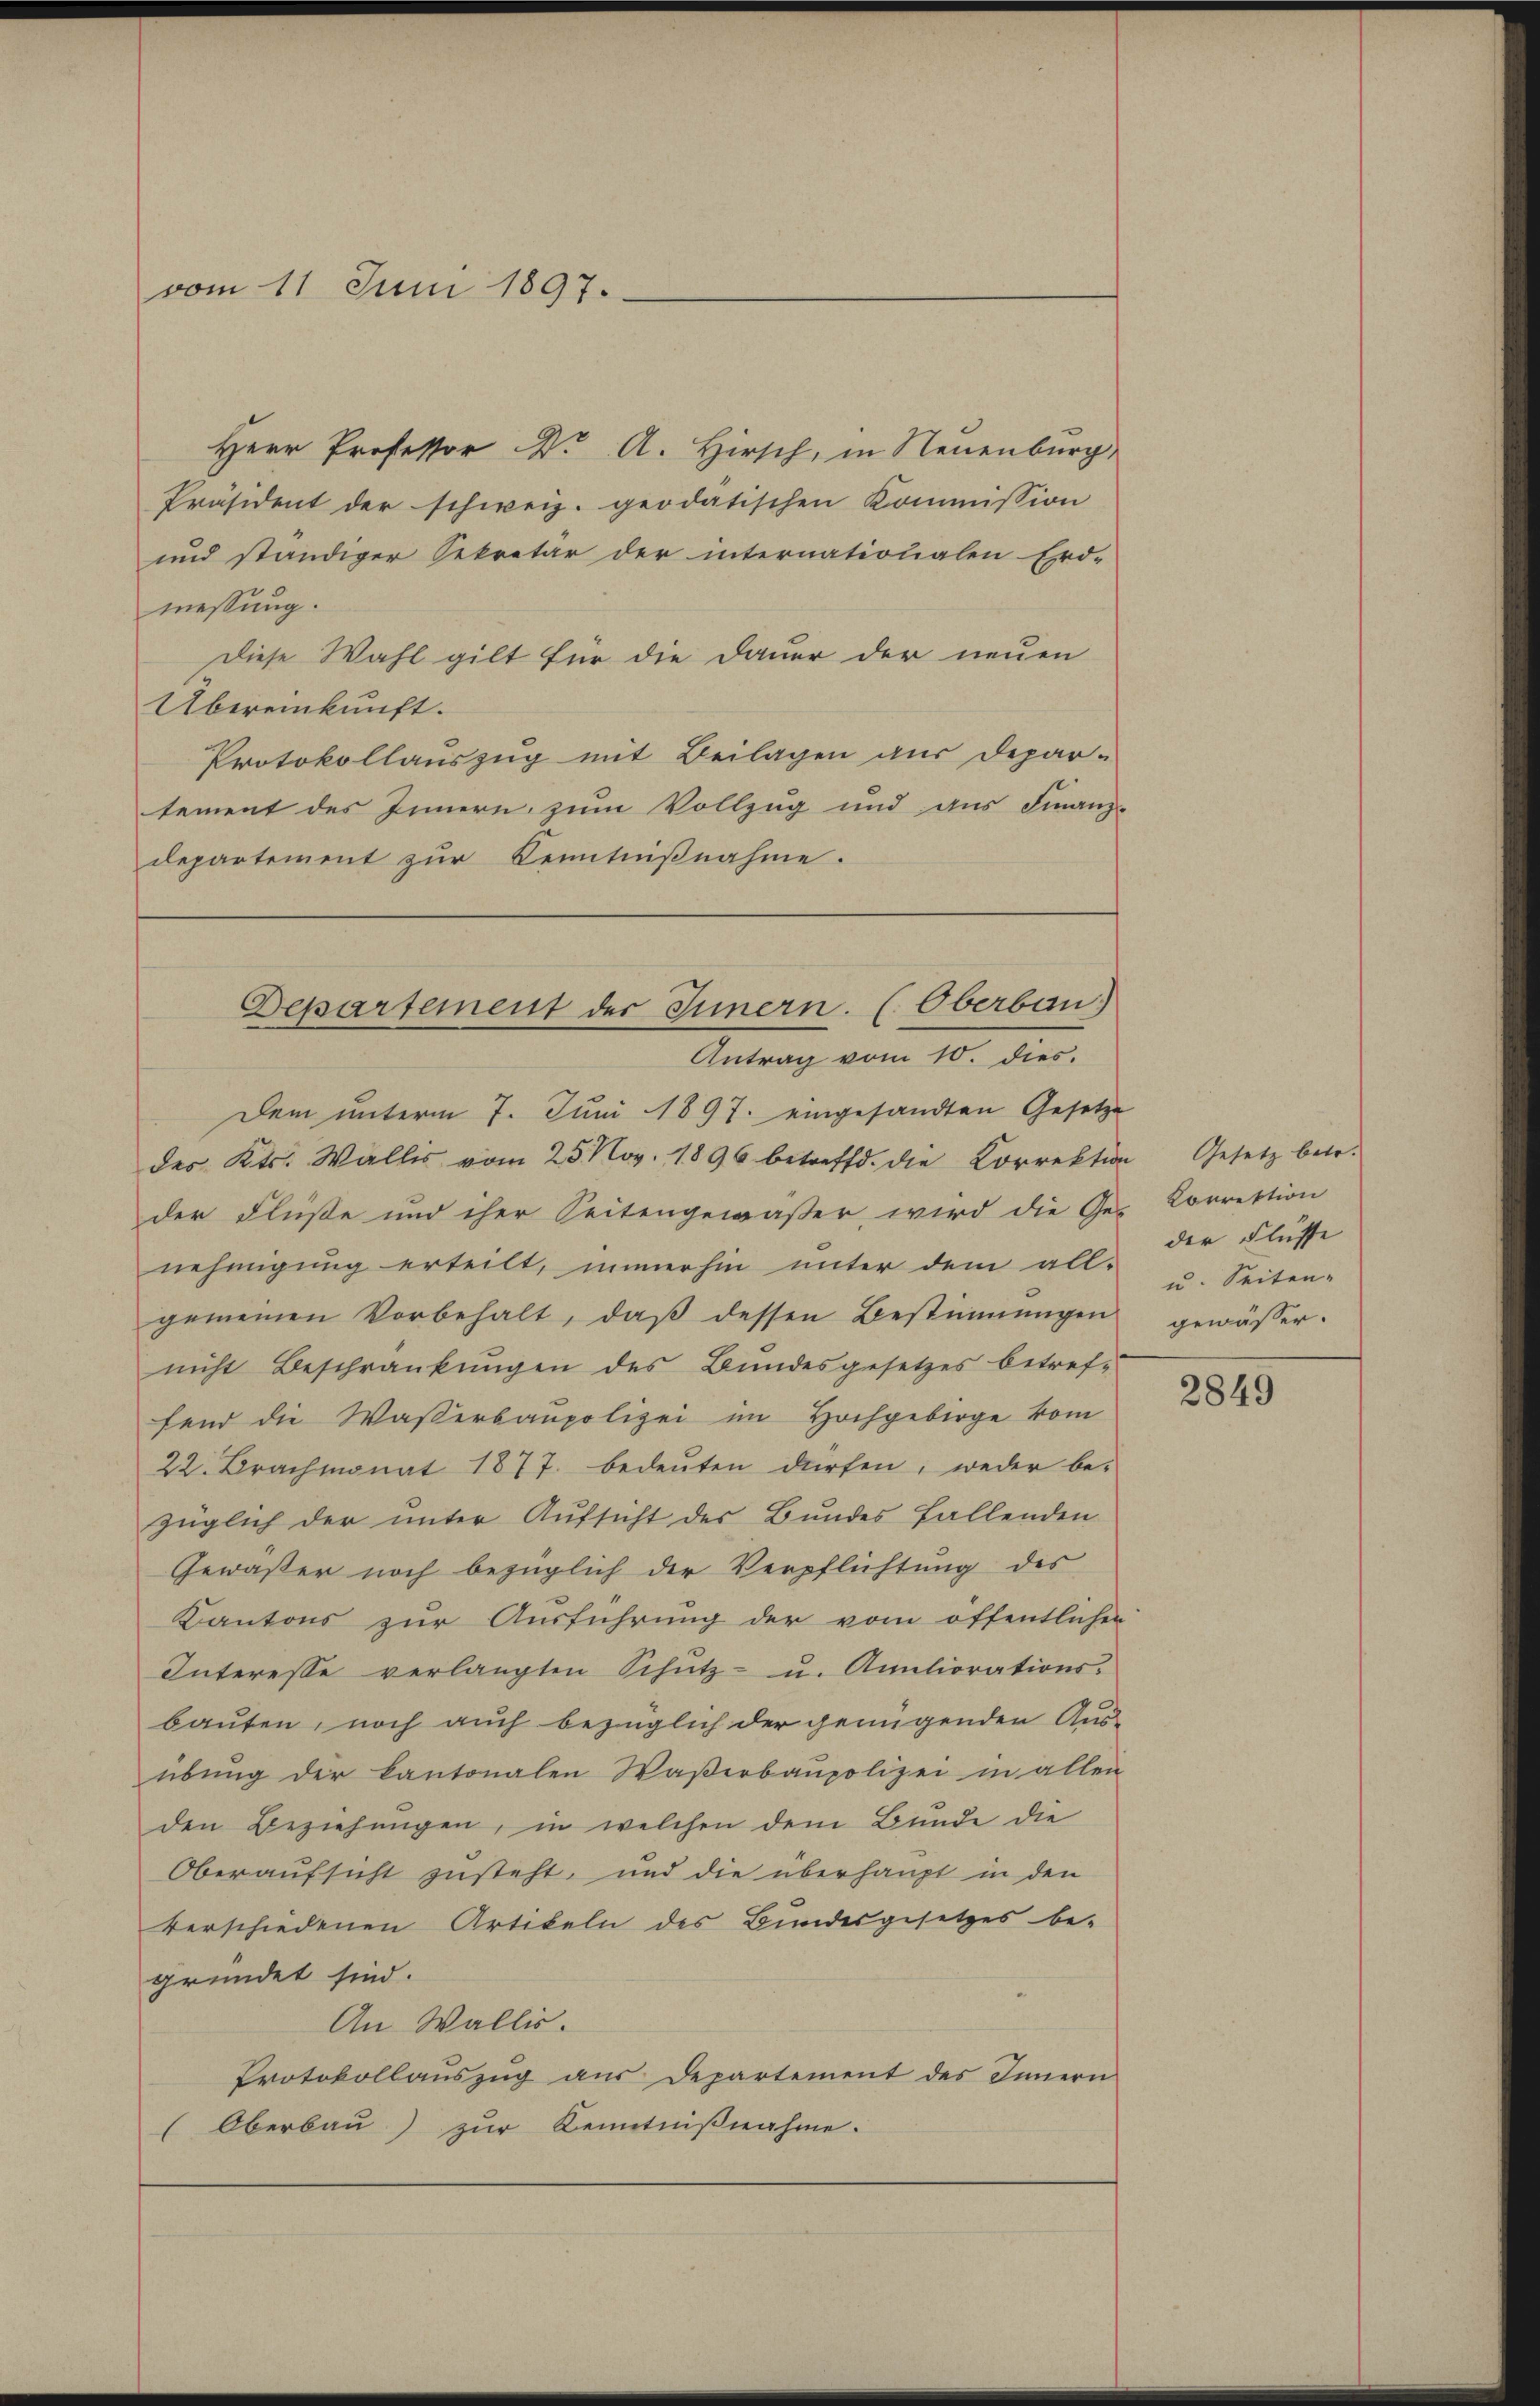
vom 11 Juni 1897.

Herr Professor Dr A. Hirsch, in Neuenburg,
Präsident der schweiz. geodatischen Kommission
und ständiger Sekretär der internationalen Erd-
messung.
Diese Wahl gilt für die Dauer der neuen
Übereinkunft.
Protokollauszug mit Beilagen aus Depar-
tement des Innern zum Vollzug und aus Finanz-
departement zur Kenntnißnahme.

Departement des Innern. (Oberbau
Antrag vom 10. dies.

Dem unterm 7. Juni 1897. eingesandten Gesetze
des Kts. Wallis vom 25. Nov. 1896 betreffd. die Correktion Gesetz betr.
der Flüße und iher Seitengewäßer, wird die Ge-Correktion
nehmigung erteilt, immerhin unter dem all-
gemeinen Vorbehalt, daß dessen Bestimmungen
nicht Beschränkungen des Bundesgesetzes betreffend die Waßerbaupolizei im Hochgebirge kom
22. Brachmonat 1877. bedeŭten dürfen, weder be-
züglich der unter Aufsicht des Bundes Fallenden
Gewäßer noch bezüglich der Verpflichtung des
Kantons zur Ausführung der vom öffentlicher
Interesse verlangten Schutz- u. Analiorationsbauten, noch auch bezüglich der genügenden Aus-
übŭng der kantonalen Waßerbaupolizei in allen
den Beziehungen, in welchen dem Bunde die
Oberaufsicht zusteht, und die überhaupt in den
verschiedenen Artikeln des Bundesgesetzes be-
gründet sind.
An Wallis.
Protokollaŭszŭg aŭs Departement des Innern
(Oberbau) zur Kenntnißnahme.

der Flüsse
u. Seiten-
gewässer.

2849